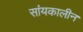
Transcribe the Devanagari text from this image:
सांयकालीन